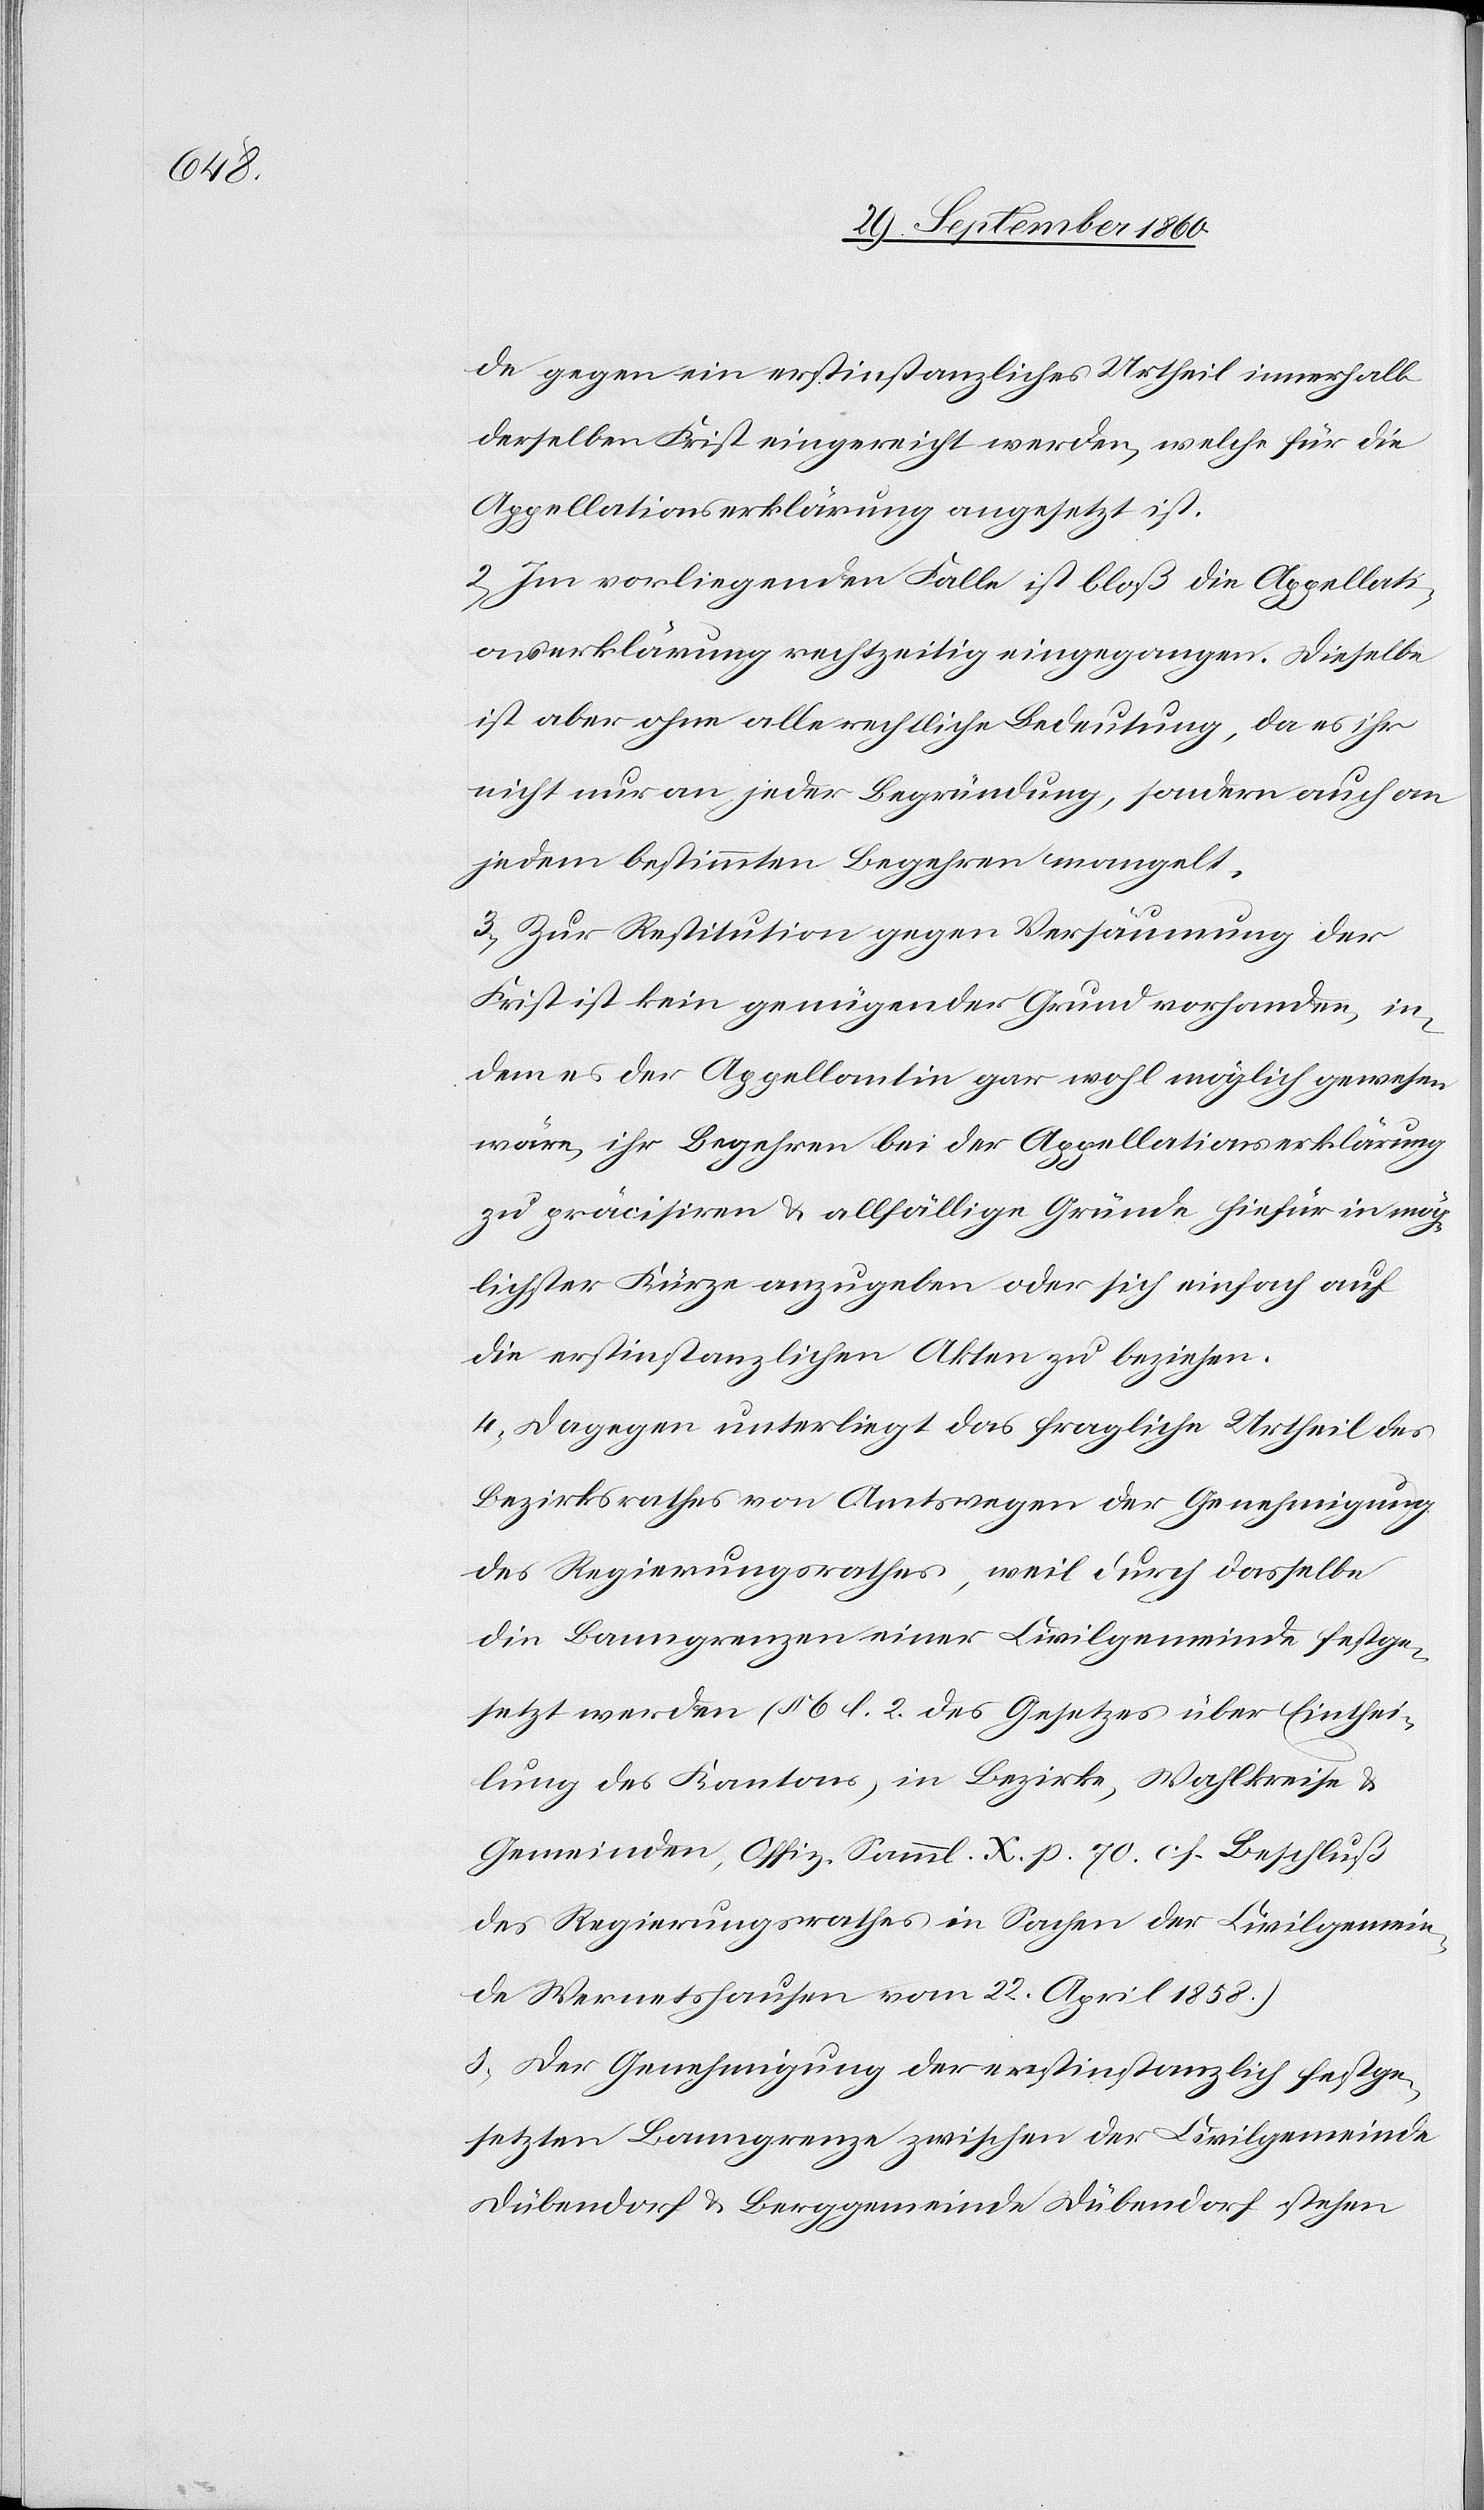
de gegen ein erstinstanzliches Urtheil innerhalb
derselben Frist eingereicht werden, welche für die
Appellationserklärung angesetzt ist.
2. Im vorliegenden Falle ist bloß die Appellati¬
onserklärung rechtzeitig eingegangen. Dieselbe
ist aber ohne alle rechtliche Bedeutung, da es ihr
nicht nur an jeder Begründung, sondern auch an
jedem bestimmten Begehren mangelt.
3. Zur Restitution gegen Versäumung der
Frist ist kein genügender Grund vorhanden, in¬
dem es der Appellantin gar wohl möglich gewesen
wäre, ihr Begehren bei der Appellationserklärung
zu präcisiren & allfällige Gründe hiefür in mög¬
lichster Kürze anzugeben oder sich einfach auf
die erstinstanzlichen Akten zu beziehen.
4. Dagegen unterliegt das fragliche Urtheil des
Bezirksrathes von Amtswegen der Genehmigung
des Regierungsrathes, weil durch dasselbe
die Banngrenzen einer Civilgemeinde festge¬
setzt werden (§ 6 l. 2 des Gesetzes über Einthei¬
lung des Kantons, in Bezirke, Wahlkreise &
Gemeinden, Offiz. Samml. X. p. 70 cf. Beschluß
des Regierungsrathes in Sachen der Civilgemein¬
de Wernetshausen vom 22. April 1858.)
5. Der Genehmigung der erstinstanzlich festge¬
setzten Banngrenze zwischen der Civilgemeinde
Dübendorf & Berggemeinde Dübendorf stehen